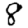
Digit: 8